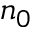
n _ { 0 }